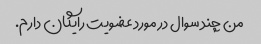
من چند سوال در مورد عضویت رایگان دارم.